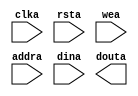
/*******************************************************************************
*     This file is owned and controlled by Xilinx and must be used solely      *
*     for design, simulation, implementation and creation of design files      *
*     limited to Xilinx devices or technologies. Use with non-Xilinx           *
*     devices or technologies is expressly prohibited and immediately          *
*     terminates your license.                                                 *
*                                                                              *
*     XILINX IS PROVIDING THIS DESIGN, CODE, OR INFORMATION "AS IS" SOLELY     *
*     FOR USE IN DEVELOPING PROGRAMS AND SOLUTIONS FOR XILINX DEVICES.  BY     *
*     PROVIDING THIS DESIGN, CODE, OR INFORMATION AS ONE POSSIBLE              *
*     IMPLEMENTATION OF THIS FEATURE, APPLICATION OR STANDARD, XILINX IS       *
*     MAKING NO REPRESENTATION THAT THIS IMPLEMENTATION IS FREE FROM ANY       *
*     CLAIMS OF INFRINGEMENT, AND YOU ARE RESPONSIBLE FOR OBTAINING ANY        *
*     RIGHTS YOU MAY REQUIRE FOR YOUR IMPLEMENTATION.  XILINX EXPRESSLY        *
*     DISCLAIMS ANY WARRANTY WHATSOEVER WITH RESPECT TO THE ADEQUACY OF THE    *
*     IMPLEMENTATION, INCLUDING BUT NOT LIMITED TO ANY WARRANTIES OR           *
*     REPRESENTATIONS THAT THIS IMPLEMENTATION IS FREE FROM CLAIMS OF          *
*     INFRINGEMENT, IMPLIED WARRANTIES OF MERCHANTABILITY AND FITNESS FOR A    *
*     PARTICULAR PURPOSE.                                                      *
*                                                                              *
*     Xilinx products are not intended for use in life support appliances,     *
*     devices, or systems.  Use in such applications are expressly             *
*     prohibited.                                                              *
*                                                                              *
*     (c) Copyright 1995-2014 Xilinx, Inc.                                     *
*     All rights reserved.                                                     *
*******************************************************************************/

/*******************************************************************************
*     Generated from core with identifier: xilinx.com:ip:blk_mem_gen:7.2       *
*                                                                              *
*     The Xilinx LogiCORE IP Block Memory Generator replaces the Dual Port     *
*     Block Memory and Single Port Block Memory LogiCOREs, but is not a        *
*     direct drop-in replacement.  It should be used in all new Xilinx         *
*     designs. The core supports RAM and ROM functions over a wide range of    *
*     widths and depths. Use this core to generate block memories with         *
*     symmetric or asymmetric read and write port widths, as well as cores     *
*     which can perform simultaneous write operations to separate              *
*     locations, and simultaneous read operations from the same location.      *
*     For more information on differences in interface and feature support     *
*     between this core and the Dual Port Block Memory and Single Port         *
*     Block Memory LogiCOREs, please consult the data sheet.                   *
*******************************************************************************/
// Synthesized Netlist Wrapper
// This file is provided to wrap around the synthesized netlist (if appropriate)

// Interfaces:
//    CLK.ACLK
//        AXI4 Interconnect Clock Input
//    RST.ARESETN
//        AXI4 Interconnect Reset Input
//    AXI_SLAVE_S_AXI
//        AXI_SLAVE
//    AXILite_SLAVE_S_AXI
//        AXILite_SLAVE
//    BRAM_PORTA
//        BRAM_PORTA
//    BRAM_PORTB
//        BRAM_PORTB

module attrram (
  clka,
  rsta,
  wea,
  addra,
  dina,
  douta
);

  input clka;
  input rsta;
  input [0 : 0] wea;
  input [10 : 0] addra;
  input [7 : 0] dina;
  output [7 : 0] douta;

  // WARNING: This file provides a module declaration only, it does not support
  //          direct instantiation. Please use an instantiation template (VEO) to
  //          instantiate the IP within a design.

endmodule